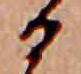
る